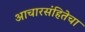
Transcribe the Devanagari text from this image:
आचारसंहितेचा